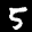
Label: 5